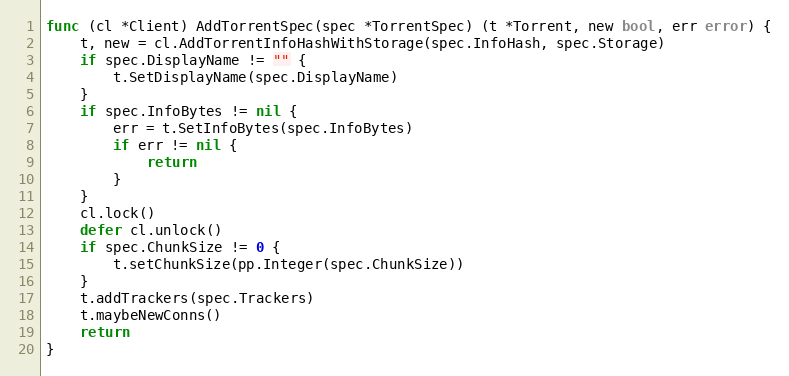
Language: Go
func (cl *Client) AddTorrentSpec(spec *TorrentSpec) (t *Torrent, new bool, err error) {
	t, new = cl.AddTorrentInfoHashWithStorage(spec.InfoHash, spec.Storage)
	if spec.DisplayName != "" {
		t.SetDisplayName(spec.DisplayName)
	}
	if spec.InfoBytes != nil {
		err = t.SetInfoBytes(spec.InfoBytes)
		if err != nil {
			return
		}
	}
	cl.lock()
	defer cl.unlock()
	if spec.ChunkSize != 0 {
		t.setChunkSize(pp.Integer(spec.ChunkSize))
	}
	t.addTrackers(spec.Trackers)
	t.maybeNewConns()
	return
}